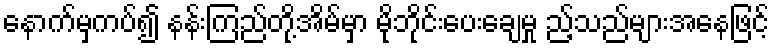
နောက်မှကပ်၍ နန်းကြည်တို့အိမ်မှာ မိုဘိုင်းပေးချေမှု ည့်သည်များအနေဖြင့်